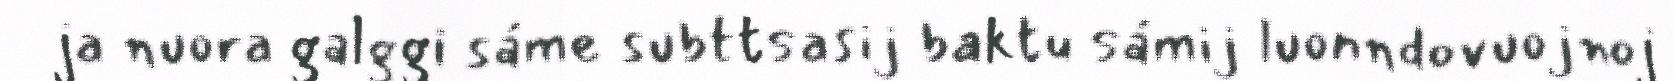
ja nuora galggi sáme subttsasij baktu sámij luonndovuojnoj